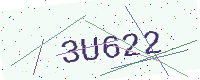
Text: 3U622